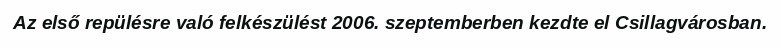
Az első repülésre való felkészülést 2006. szeptemberben kezdte el Csillagvárosban.